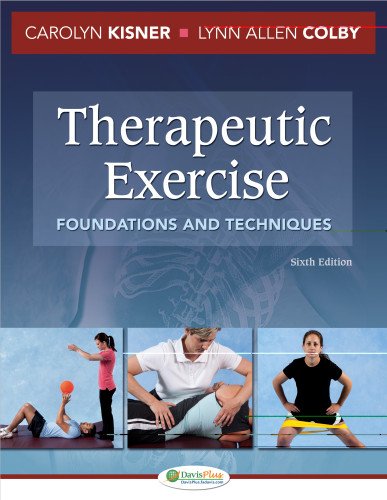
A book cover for Therapeutic Exercise: Foundations and Techniques (Therapeudic Exercise: Foundations and Techniques); Carolyn Kisner PT  MS; Medical Books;